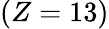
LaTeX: (Z=13)